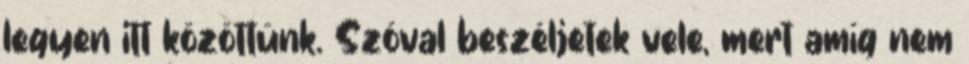
legyen itt közöttünk. Szóval beszéljetek vele, mert amíg nem